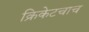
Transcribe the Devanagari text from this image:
क्रिकेटचाच